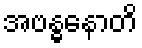
အဗန္ဓနောတိ